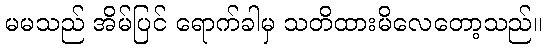
မမသည် အိမ်ပြင် ရောက်ခါမှ သတိထားမိလေတော့သည်။